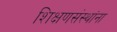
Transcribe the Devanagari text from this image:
शिक्षणसंस्थांना